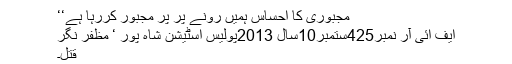
مجبوری کا احساس ہمیں رونے پر پر مجبور کررہا ہے‘‘
ایف ائی آر نمبر425ستمبر10سال 2013پولیس اسٹیشن شاہ پور ‘ مظفر نگر
قتل۔